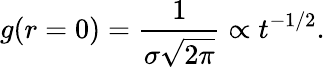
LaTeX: g(r=0)=\frac{1}{\sigma\sqrt{2\pi}}\propto t^{-1/2}.